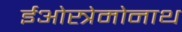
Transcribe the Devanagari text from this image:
ईओस्त्रेमोनाथ